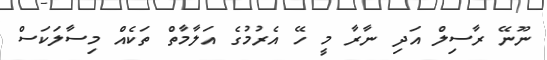
ނޫނޭ ރާސިލް އަދި ނާރާ މީ ހޭ އެރުމުގެ އަލާމާތް ތަކެއް މިސާލަކަސް